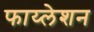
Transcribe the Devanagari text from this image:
फाय्लेशन